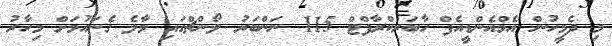
މި ދެމީހުން އެމްއެންޑީއެފް ހާބަރކްރާފްޓް 115 ނަންބަރު ލޯންޗްގައި މާލެ ގެނައުމަށް މިހާރު